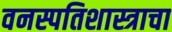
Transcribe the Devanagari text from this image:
वनस्पतिशास्त्राचा